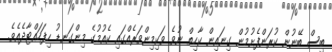
ބިސް ބޭނުން ކުރަންފެށުމުން ގިނައިން ކާހިތް ނުވެ ވަކިމިންވަރެއްގައި ކެއުމުގެ މިންގަނޑު ހިފަހައްޓާދެއެވެ.